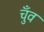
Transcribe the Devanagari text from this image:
चुँव